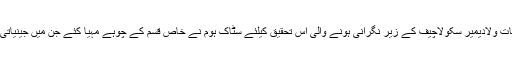
معروف روسی ماہر حیاتیات ولادیمیر سکولاچیف کے زیر نگرانی ہونے والی اس تحقیق کیلئے سٹاک ہوم نے خاص قسم کے چوہے مہیا کئے جن میں جینیاتی طور تبدیلی کی گئی تھی۔